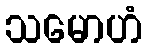
သမောဟံ